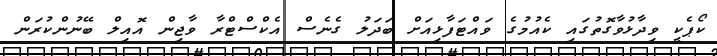
ކޯޕެކީ ވިދާޅުވާގޮތުގައި ކެއުމުގެ ވައްޓަފާޅިއަށް ބަދަލު ގެނެސް އެކްސްޓްރާ ވާޖިން އޮއިލް ބޭނުންކުރަން